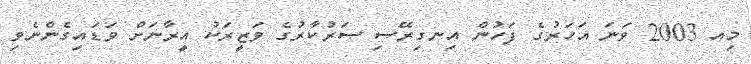
މިއ 2003 ވަނަ އަހަރުގެ ފަހުން އިނގިރޭސި ސަރުކާރުގެ ވަޒީރަކު އީރާނަށް ވަޑައިގެންނެވި